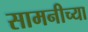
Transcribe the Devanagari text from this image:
सामनीच्या